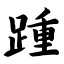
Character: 踵